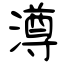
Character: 澊